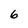
Character: 6